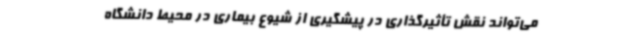
می‌تواند نقش تأثیرگذاری در پیشگیری از شیوع بیماری در محیط دانشگاه